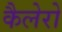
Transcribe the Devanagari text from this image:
कैलेरो